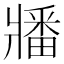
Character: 𬌌